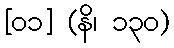
[၀၁] (နိ၊ ၁၃၀)